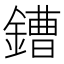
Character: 鏪